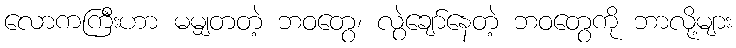
လောကကြီးဟာ မမျှတတဲ့ ဘဝတွေ၊ လွဲချော်နေတဲ့ ဘဝတွေကို ဘာလို့များ